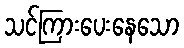
သင်ကြားပေးနေသော